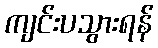
ကျင်းပသွားရန်